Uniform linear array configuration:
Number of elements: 24
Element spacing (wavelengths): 0.5
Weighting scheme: kaiser
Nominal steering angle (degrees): -60
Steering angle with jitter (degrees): -58.447
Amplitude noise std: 0.05
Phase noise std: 0.05

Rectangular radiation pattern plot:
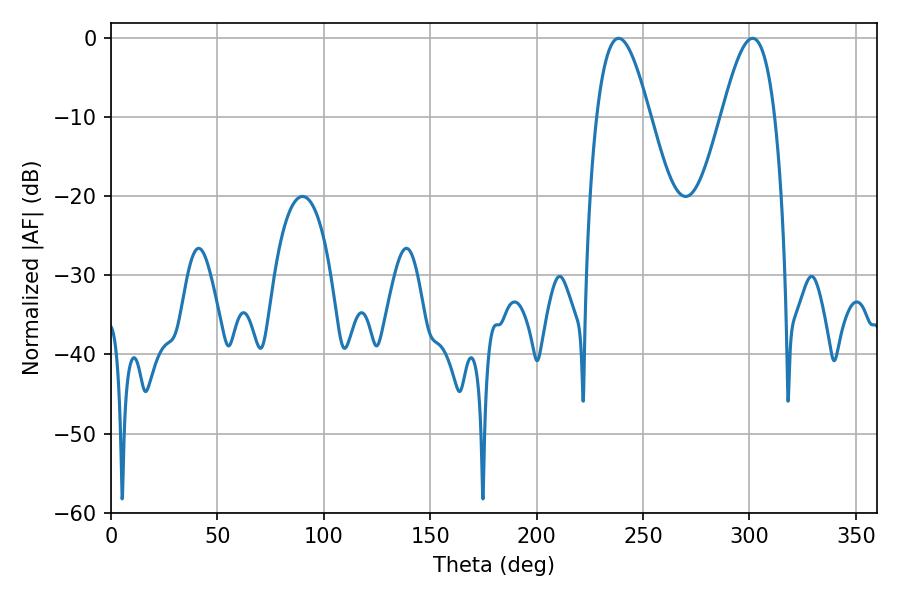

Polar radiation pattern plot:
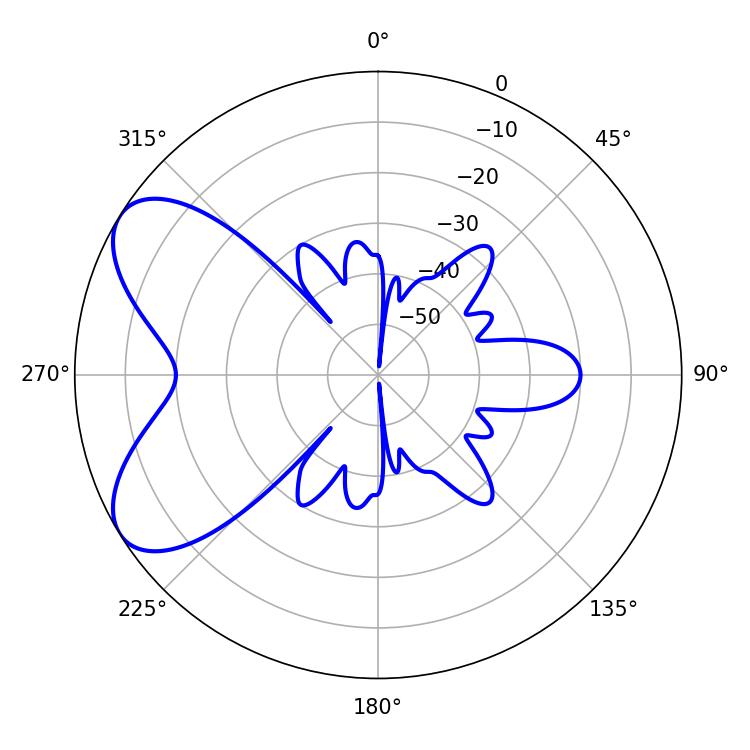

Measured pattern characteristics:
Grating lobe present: FALSE
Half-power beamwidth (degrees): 13.68
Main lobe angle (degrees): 238.5